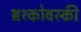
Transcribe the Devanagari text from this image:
ब्रश्कोवस्की